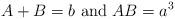
LaTeX: \begin{align*}A+B=b\textrm{ and }AB=a^3\end{align*}